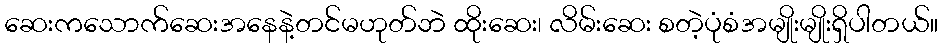
ဆေးကသောက်ဆေးအနေနဲ့တင်မဟုတ်ဘဲ ထိုးဆေး၊ လိမ်းဆေး စတဲ့ပုံစံအမျိုးမျိုးရှိပါတယ်။